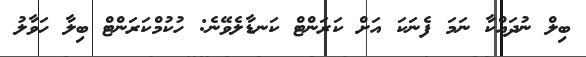
ބިލް ނުދައްކާ ނަމަ ފެނަކަ އަށް ކަރަންޓް ކަނޑާލެވޭނެ: ހުކުމްކަރަންޓް ބިލާ ހަވާލު